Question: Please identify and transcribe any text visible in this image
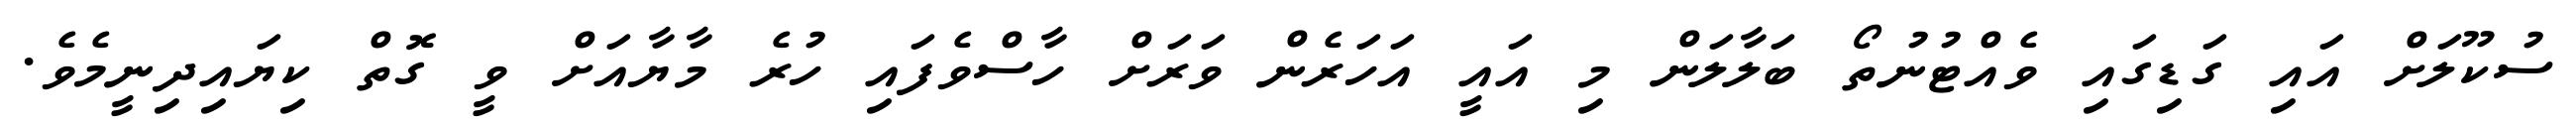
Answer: ސުކޫލަށް އައި ގަޑިގައި ވެއްޓުނުތޯ ބަލާލަން މި އައީ އަހަރެން ވަރަށް ހާސްވެފައި ހުރެ މާޔާއަށް ވީ ގޮތް ކިޔައިދިނީމެވެ.